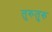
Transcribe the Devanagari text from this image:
तुरुतुरु